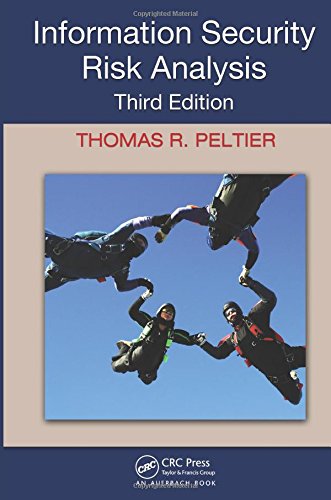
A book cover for Information Security Risk Analysis, Third Edition; Thomas R. Peltier; Business & Money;